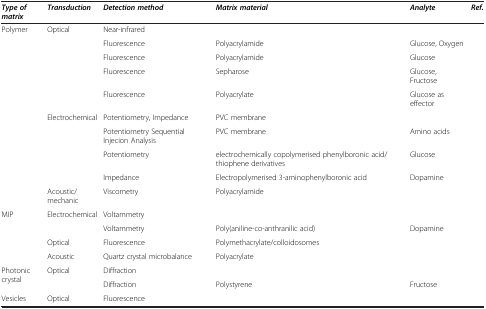
<table><thead><tr><td><b><i>Type of matrix</i></b></td><td><b><i>Transduction</i></b></td><td><b><i>Detection method</i></b></td><td><b><i>Matrix material</i></b></td><td><b><i>Analyte</i></b></td><td><b><i>Ref.</i></b></td></tr></thead><tbody><tr><td rowspan="10">Polymer</td><td rowspan="5">Optical</td><td>Near-infrared</td><td>[EMPTY_CELL]</td><td>[EMPTY_CELL]</td><td>[EMPTY_CELL]</td></tr><tr><td>Fluorescence</td><td>Polyacrylamide</td><td>Glucose, Oxygen</td><td>[EMPTY_CELL]</td></tr><tr><td>Fluorescence</td><td>Polyacrylamide</td><td>Glucose</td><td>[EMPTY_CELL]</td></tr><tr><td>Fluorescence</td><td>Sepharose</td><td>Glucose, Fructose</td><td>[EMPTY_CELL]</td></tr><tr><td>Fluorescence</td><td>Polyacrylate</td><td>Glucose as effector</td><td>[EMPTY_CELL]</td></tr><tr><td rowspan="4">Electrochemical</td><td>Potentiometry, Impedance</td><td>PVC membrane</td><td>[EMPTY_CELL]</td><td>[EMPTY_CELL]</td></tr><tr><td>Potentiometry Sequential Injecion Analysis</td><td>PVC membrane</td><td>Amino acids</td><td>[EMPTY_CELL]</td></tr><tr><td>Potentiometry</td><td>electrochemically copolymerised phenylboronic acid/thiophene derivatives</td><td>Glucose</td><td>[EMPTY_CELL]</td></tr><tr><td>Impedance</td><td>Electropolymerised 3-aminophenylboronic acid</td><td>Dopamine</td><td>[EMPTY_CELL]</td></tr><tr><td>Acoustic/mechanic</td><td>Viscometry</td><td>Polyacrylamide</td><td>[EMPTY_CELL]</td><td>[EMPTY_CELL]</td></tr><tr><td rowspan="4">MIP</td><td rowspan="2">Electrochemical</td><td>Voltammetry</td><td>[EMPTY_CELL]</td><td>[EMPTY_CELL]</td><td>[EMPTY_CELL]</td></tr><tr><td>Voltammetry</td><td>Poly(aniline-co-anthranilic acid)</td><td>Dopamine</td><td>[EMPTY_CELL]</td></tr><tr><td>Optical</td><td>Fluorescence</td><td>Polymethacrylate/colloidosomes</td><td>[EMPTY_CELL]</td><td>[EMPTY_CELL]</td></tr><tr><td>Acoustic</td><td>Quartz crystal microbalance</td><td>Polyacrylate</td><td>[EMPTY_CELL]</td><td>[EMPTY_CELL]</td></tr><tr><td rowspan="2">Photonic crystal</td><td rowspan="2">Optical</td><td>Diffraction</td><td>[EMPTY_CELL]</td><td>[EMPTY_CELL]</td><td>[EMPTY_CELL]</td></tr><tr><td>Diffraction</td><td>Polystyrene</td><td>Fructose</td><td>[EMPTY_CELL]</td></tr><tr><td>Vesicles</td><td>Optical</td><td>Fluorescence</td><td>[EMPTY_CELL]</td><td>[EMPTY_CELL]</td><td>[EMPTY_CELL]</td></tr></tbody></table>